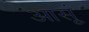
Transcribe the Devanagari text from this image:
आसूं